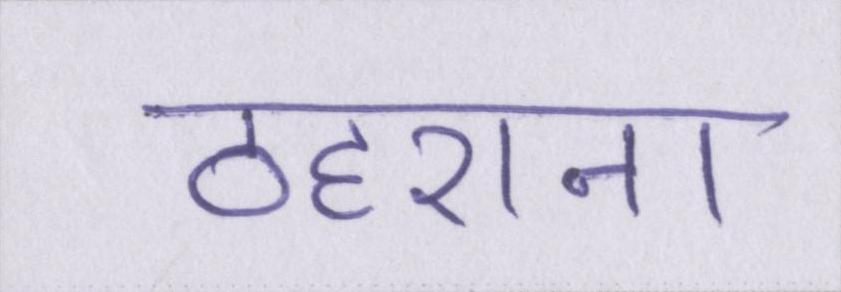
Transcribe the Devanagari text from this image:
ठहराना